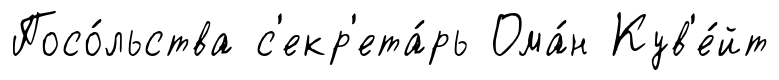
Посо́льства с'екр'ета́рь Ома́н Кув'е́йт